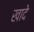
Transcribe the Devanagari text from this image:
खादे